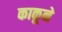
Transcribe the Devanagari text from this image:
काकूने